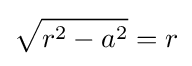
{\sqrt {r^{2}-a^{2}}}=r